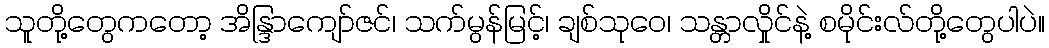
သူတို့တွေကတော့ အိန္ဒြာကျော်ဇင်၊ သက်မွန်မြင့်၊ ချစ်သုဝေ၊ သန္တာလှိုင်နဲ့ စမိုင်းလ်တို့တွေပါပဲ။